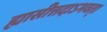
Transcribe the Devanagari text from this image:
ह्यासीत्तदाऽभवत्।